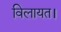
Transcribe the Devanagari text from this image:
विलायत।